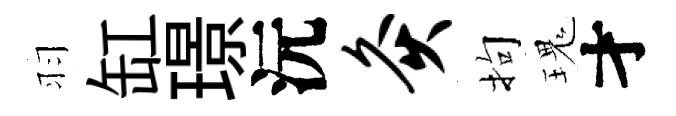
羽缸璟沅灸拘瑰才